Emmaste_vallavalitsus, lk 38
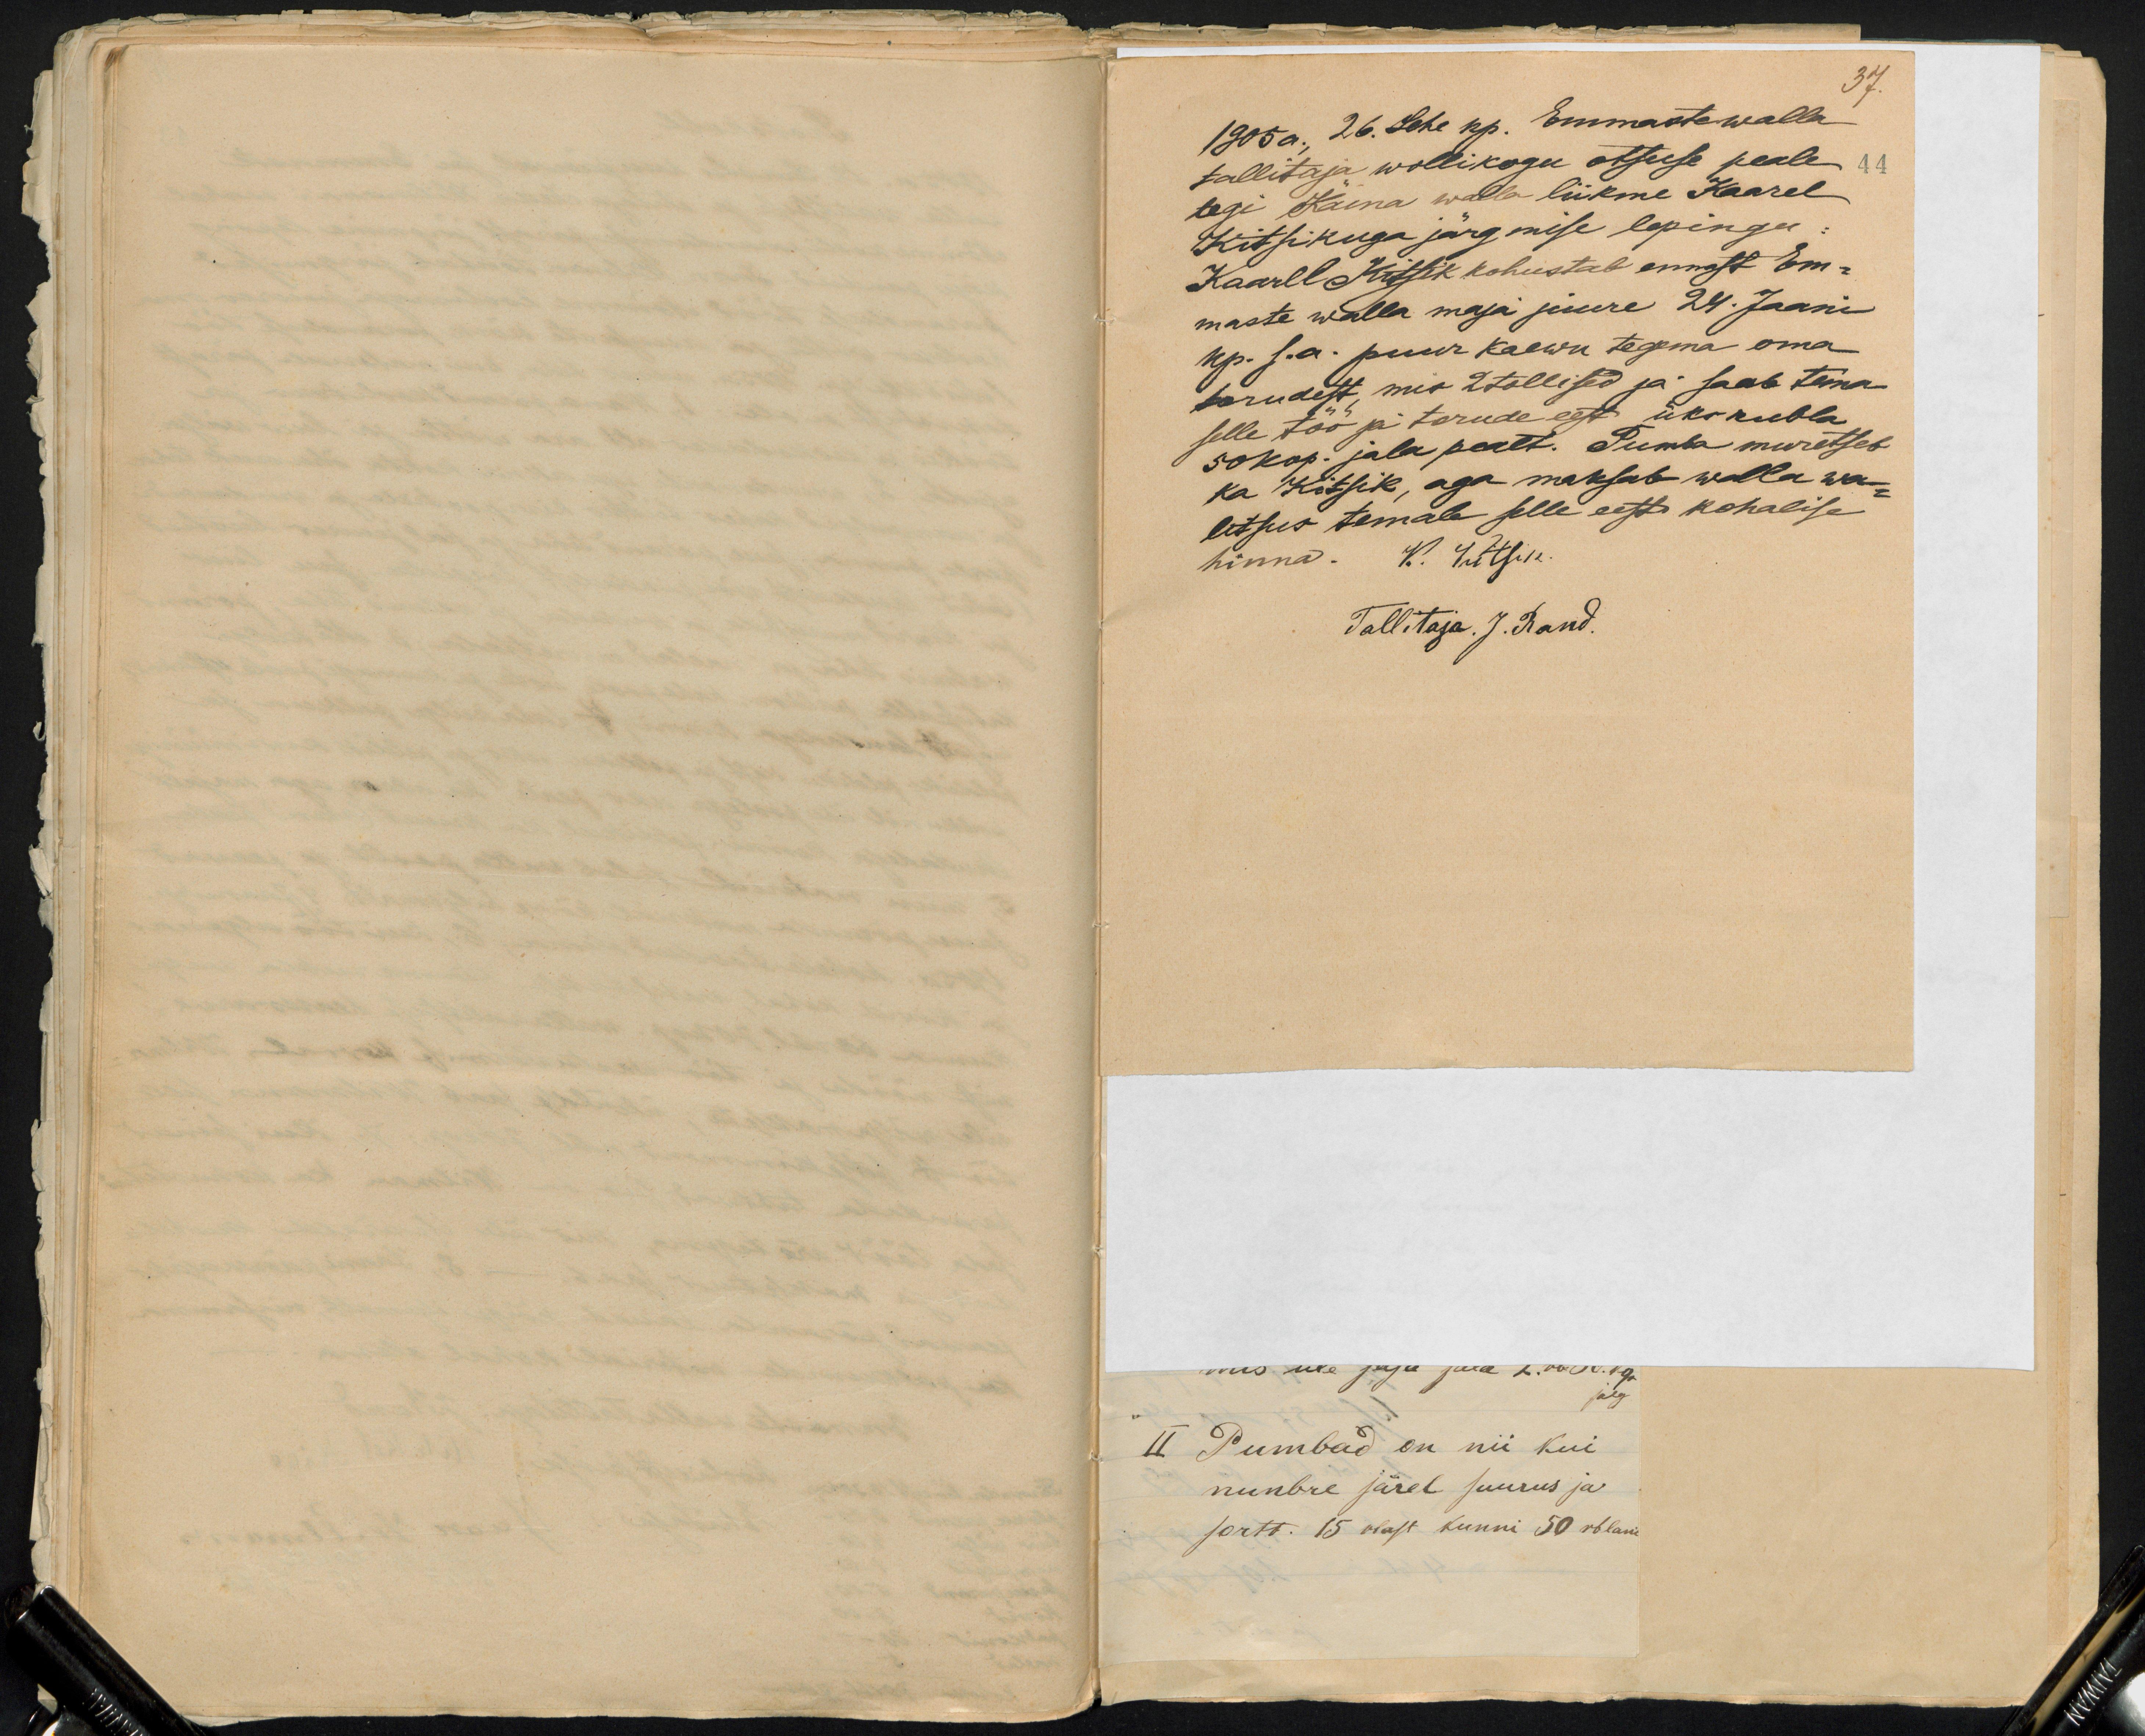
37.
1905 a. 26. Lehe kp. Emmaste walla
tallitaja wollikogu otsuse peale
44
tegi Käina walla liikme Kaarel
Kitsikuga järgmise lepingu
Kaarel Kitsik kohustab ennast Em-
maste walla maja juure 24. Jaani
kp. s.a. puur kaewu tegema oma
torudest, mis 2 tollised ja saab tema
selle töö ja torude eest üks rubla
50 kop. jala pealt. Pumba muretseb
ka Kitsik, aga maksab walla wa-
litsus temale selle eesti kohalise
hinna. K. Jütsin
Tallitaja. J. Rand.